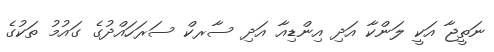
ނަތީޖާ އަކީ ލަންކާ އަދި އިންޑިއާ އަދި ސާރކް ސަރަހައްދުގެ ގައުމު ތަކުގެ